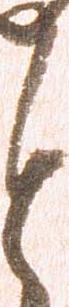
と